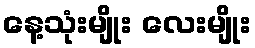
နေ့သုံးမျိုး လေးမျိုး